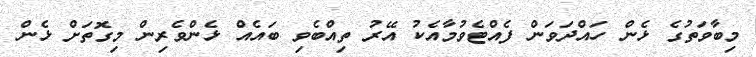
މިބާވަތުގެ ޅެން ހައްދަވަން ފެއްޓެވުމާއެކު އޭރު ތިއްބެވި ބައެއް ޅެންވެރިން މިގޮތަށް ޅެން